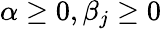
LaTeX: \alpha\geq 0,\beta_{j}\geq 0